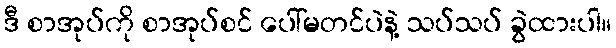
ဒီ စာအုပ်ကို စာအုပ်စင် ပေါ်မတင်ပဲနဲ့ သပ်သပ် ခွဲထားပါ။